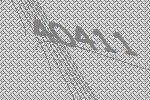
40411